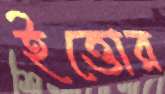
ইত্তোর